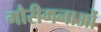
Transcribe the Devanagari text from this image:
गौरीगनाओं